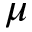
\mu